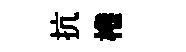
抗棬